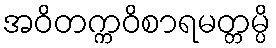
အဝိတက္ကဝိစာရမတ္တမ္ပိ